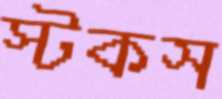
স্টকস